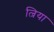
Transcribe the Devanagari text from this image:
ल्रिया